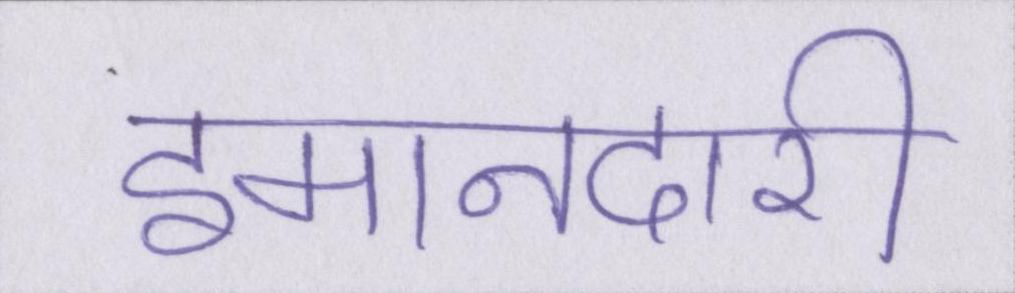
इमानदारी